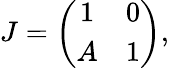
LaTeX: J=\left(\begin{array}{cc}{{1}}&{{0}}\\ {{A}}&{{1}}\end{array}\right),